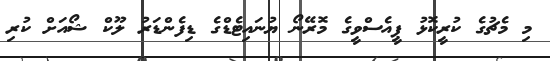
މި މެޗުގެ ކުރީކޮޅު ޕީއެސްވީގެ މޮރޭނޯ ޔުނައިޓެޑްގެ ޑިފެންޑަރު ލޫކް ޝޯއަށް ކުރި